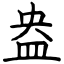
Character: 盎